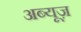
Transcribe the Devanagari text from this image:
अब्यूज़